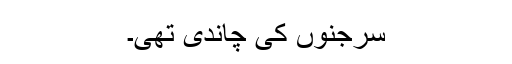
سرجنوں کی چاندی تھی۔